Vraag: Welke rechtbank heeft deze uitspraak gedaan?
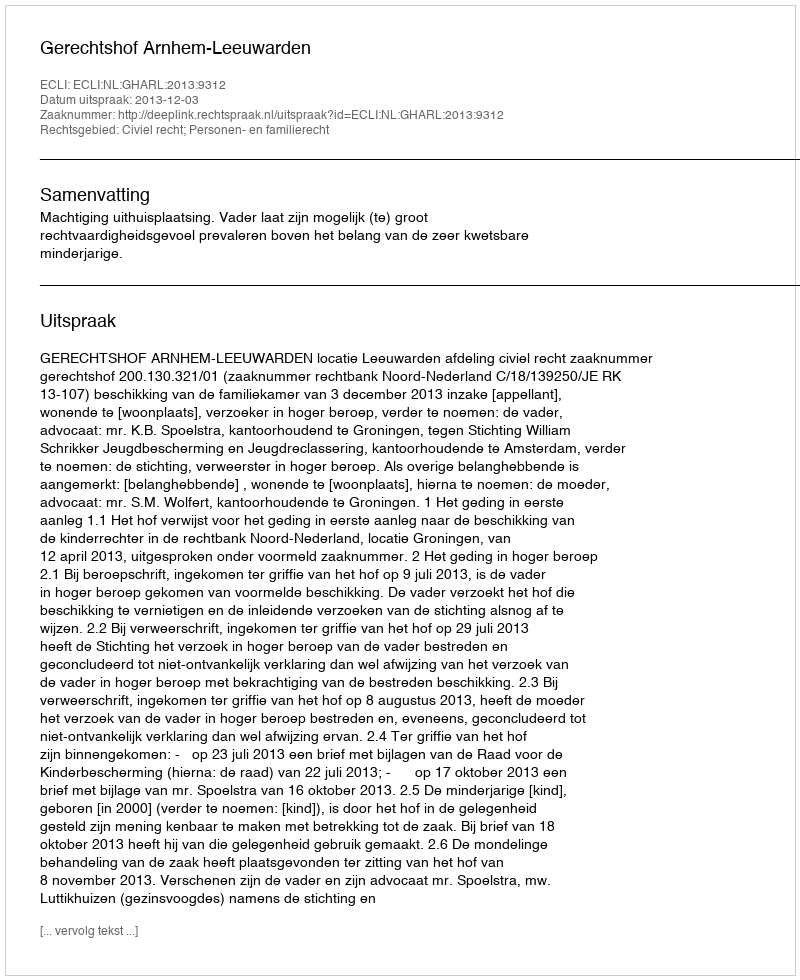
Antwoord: Gerechtshof Arnhem-Leeuwarden